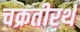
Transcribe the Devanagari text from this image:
चक्रतीरर्थ